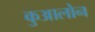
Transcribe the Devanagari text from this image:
कुआलोन